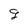
Character: 9